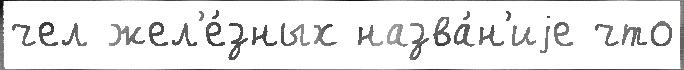
чел жел'е́зных назва́н'иjе что